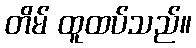
တိမ် ထူထပ်သည်။